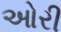
ઓરી